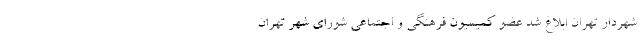
شهردار تهران ابلاغ شد عضو کمیسیون فرهنگی و اجتماعی شورای شهر تهران